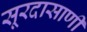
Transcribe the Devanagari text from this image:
सूरदासाणी